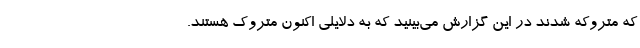
که متروکه شدند در این گزارش می‌بینید که به دلایلی اکنون متروک هستند.